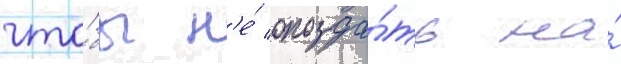
что́бы н'е́ опозда́ть на́